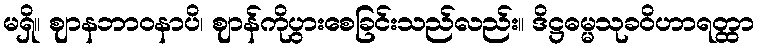
မရှိ။ ဈာနဘာဝနာပိ၊ ဈာန်ကိုပွားစေခြင်းသည်လည်း။ ဒိဋ္ဌဓမ္မသုခဝိဟာရတ္ထာ